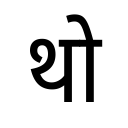
OCR:
थो